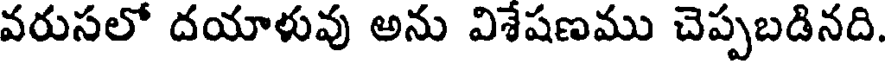
వరుసలో దయాళువు అను విశేషణము చెప్పబడినది.